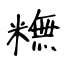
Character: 𥼣